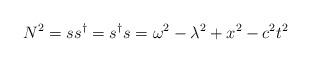
LaTeX: \begin{align*} N^2 = ss^\dag = s^\dag s = \omega^2 - \lambda^2 + x^2 - c^2t^2\end{align*}